Medical and sanitary report of the native army of Bengal for the year
Year: 1878
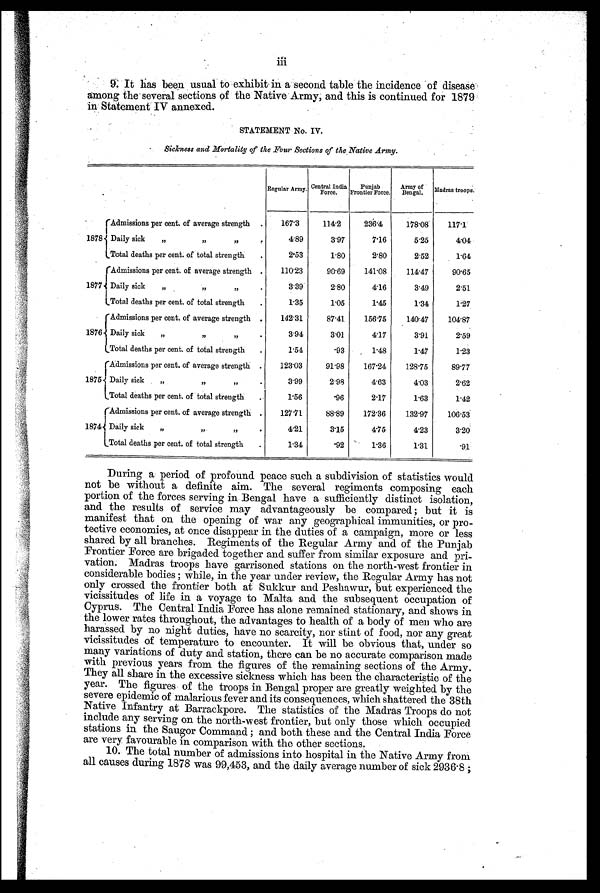
iii
9. It has been usual to exhibit in a second table the incidence of disease
among the several sections of the Native • Army; and this is continued for 1879
in Statement IV annexed.
STATEMENT No. IV
Sickness and Mortality of the Four Sections of the. Native Army.
Regular Army. Central India
Force.
Punjab
Frontier Force. Army of
Bengal. Madras troops.
1878
Admissions per cent. of average strength . 167.3
114.2
236.4
178.08
117.1
Daily sick „
,,
,, .
4.89
3.97
7.16
5.25
4.04
Total deaths per cent. of total strength .
2.53
1.80
2.80
2.52
1.64
1877
Admissions per cent. of average strength . 110.23
90.69
141.08
114.47
90.65
Daily sick „
,,
,,
.
3.39
2.80
4.16
3.49
2.51
Total deaths per cent. of total strength .
1.35
1.05
1.45
1.34
1.27
1876.
Admissions per cent. of average strength
.
142.31
87.41
156.75
140.47
104.87
Daily sick „
, , , , .
3.94
3.01
4.17
3.91
2.59
Total deaths per cent. of total strength .
1.54
.93
1.48
1.47
1.23
1875
Admissions per cent. of average strength . 123.03
91.98
167.24
128.75
89.77
Daily sick
,,
,, ,, .
3.99
2.98
4.63
4.03
2.62
Total deaths per cent. of total strength .
1.56
.96
2.17
1.63
1.42
1874
Admissions per cent. of average strength .
127.71
88.89
172.36 132.97
106.53
Daily sick „
,, ,, .
4.21
3.15
4.75
4.23
3.20
Total deaths per cent. of total strength .
1.34
.92
1.36
1.31
.91
During a period of profound peace such a subdivision of statistics would
not be without a definite aim. The several regiments composing each
portion of the forces serving in Bengal have a sufficiently distinct isolation,
and the results of service may advantageously be compared ; but it is
manifest that on the opening of war any geographical immunities, or pro-
tective economies, at once disappear in the duties of a campaign, more or less
shared by all branches. Regiments of the Regular Army and of the Punjab
Frontier Force are brigaded together and suffer from similar exposure and pri-
v a t i o n . M a d r a s t r o o p s h a v e g a r r i s o n e d s t a t i o n s o n t h e n o r t h - w e s t f r o n t i e r i n
considerable bodies ; while, in the year under review, the Regular Army has not
only crossed the frontier both at Sukkur and Peshawar, but experienced the
vicissitudes of life in a voyage to Malta and the subsequent occupation of
Cyprus. The Central India Force has alone remained stationary, and shows in
the lower rates throughout, the advantages to health of a body of men who are
harassed by no night duties, have no scarcity, nor stint of food, nor any great
vicissitudes of temperature to encounter. It will be obvious that, under so
many variations of duty and station, there can be no accurate comparison made
with previous years from the figures of the remaining sections of the Army.
They all share in the excessive sickness which has been the characteristic of the
year. The figures of the troops in Bengal proper are greatly weighted by the
severe epidemic of malarious fever and its consequences, which shattered the 38th
Native Infantry at Barrack-pore. The statistics of the Madras Troops do not
include any serving on the north-west frontier, but only those which occupied
stations in the Saugor Command ; and both these and the Central India Force
are very favourable in comparison with the other sections.
10. The total number of admissions into hospital in the Native Army from
all causes during 1878 was 99,453, and the daily average number of sick 2936.8;